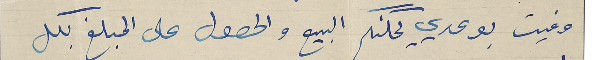
وفيت بوعدي يمكنم البيع والحصول على المبلغ بكل